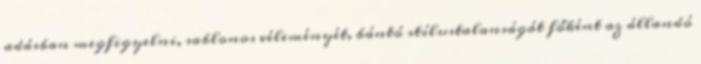
adásban megfigyelni, sablonos véleményét, bántó stílustalanságát főként az állandó